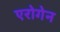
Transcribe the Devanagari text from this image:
एरोगेन